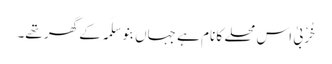
خُرْبیٰ اس محلے کا نام ہے جہاں بنو َسلَمہ کے گھر تھے۔